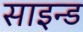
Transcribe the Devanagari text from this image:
साइन्ड